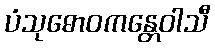
ပံသုဓောဝကန္တေဝါသီ